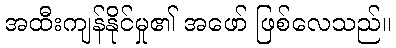
အထီးကျန်နိုင်မှု၏ အဖော် ဖြစ်လေသည်။